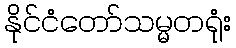
နိုင်ငံတော်သမ္မတရုံး